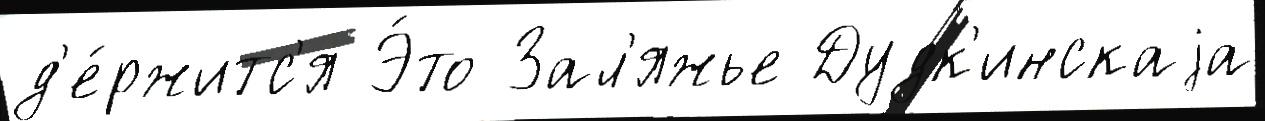
д'е́ржитс'я Э́то Зал'яжье Дудк'инскаjа